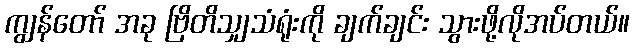
ကျွန်တော် အခု ဗြိတိသျှသံရုံးကို ချက်ချင်း သွားဖို့လိုအပ်တယ်။